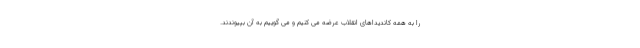
را به همه کاندیداهای انقلاب عرضه می کنیم و می گوییم به آن بپیوندند.